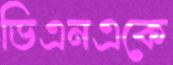
ডিএনএকে